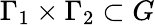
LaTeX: \Gamma_{1}\times\Gamma_{2}\subset G